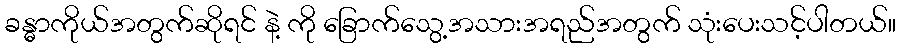
ခန္ဓာကိုယ်အတွက်ဆိုရင် နဲ့ ကို ခြောက်သွေ့အသားအရည်အတွက် သုံးပေးသင့်ပါတယ်။